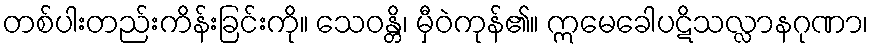
တစ်ပါးတည်းကိန်းခြင်းကို။ သေဝန္တိ၊ မှီဝဲကုန်၏။ ဣမေခေါပဋိသလ္လာနဂုဏာ၊